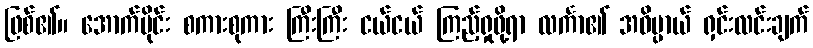
ဖြစ်၏။ အောက်ပိုင်း စကားစုကား ကြီးကြီး ငယ်ငယ် ကြည့်ရှုဖို့ရာ လင်္ကာ၏ အဓိပ္ပာယ် ရှင်းလင်းချက်